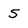
Character: 5